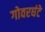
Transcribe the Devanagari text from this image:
गोवरघंटे